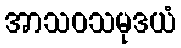
အာသဝသမုဒယံ